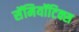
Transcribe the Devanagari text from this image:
सॅमियॉटिक्स